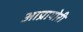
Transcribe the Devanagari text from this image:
आप्रायोरी